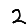
Digit: 2